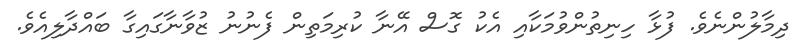
ދިމާލުންނެވެ. ފުޅާ ހިނިތުންވުމަކާއި އެކު ގޮސް އޭނާ ކުރިމަތިން ފެނުނު ޒުވާނާގައިގާ ބައްދާލިއެވެ.